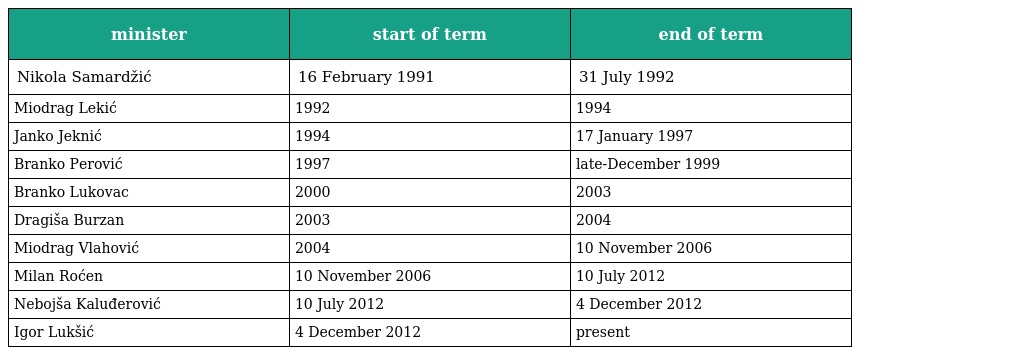
| minister | start of term | end of term |
 | --- | --- | --- |
 | Nikola Samardžić | 16 February 1991 | 31 July 1992 |
 | Miodrag Lekić | 1992 | 1994 |
 | Janko Jeknić | 1994 | 17 January 1997 |
 | Branko Perović | 1997 | late-December 1999 |
 | Branko Lukovac | 2000 | 2003 |
 | Dragiša Burzan | 2003 | 2004 |
 | Miodrag Vlahović | 2004 | 10 November 2006 |
 | Milan Roćen | 10 November 2006 | 10 July 2012 |
 | Nebojša Kaluđerović | 10 July 2012 | 4 December 2012 |
 | Igor Lukšić | 4 December 2012 | present |